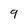
Character: 9